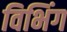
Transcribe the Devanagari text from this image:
विभिंग